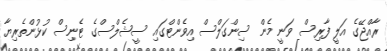
ރާއްޖޭގެ އަލީ ފާރިސް ވަނީ މެން ސިންގަލްސް އިވެންޓްގައި ސީޝެލްސްގެ ޓެނިސް ކުޅުންތެރިޔާ